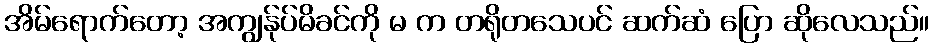
အိမ်ရောက်တော့ အကျွန်ုပ်မိခင်ကို မ က တရိုတသေပင် ဆက်ဆံ ပြော ဆိုလေသည်။